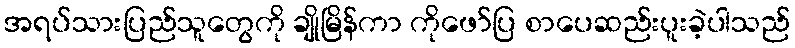
အရပ်သားပြည်သူတွေကို ချိုမြိန်ကာ ကိုဖော်ပြ စာပေဆည်းပူးခဲ့ပါသည်